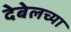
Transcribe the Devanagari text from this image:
देबेलच्या